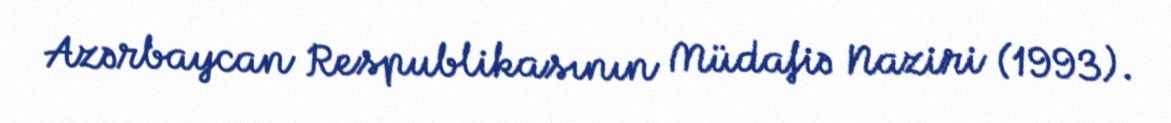
Azərbaycan Respublikasının Müdafiə Naziri (1993).